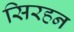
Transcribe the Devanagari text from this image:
सिरहन